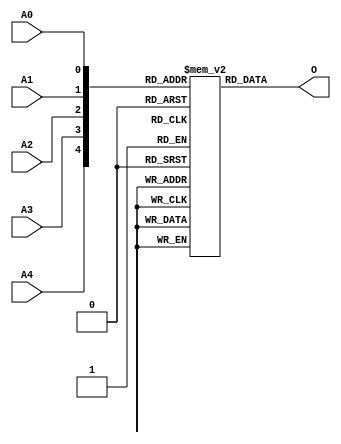
// $Header: /devl/xcs/repo/env/Databases/CAEInterfaces/verunilibs/s/ROM32X1.v,v 1.8 2003/01/21 01:55:43 wloo Exp $

/*

FUNCTION	: ROM 32x1

*/

`timescale  100 ps / 10 ps


module ROM32X1 (O, A0, A1, A2, A3, A4);

    parameter INIT = 32'h00000000;

    output O;

    input  A0, A1, A2, A3, A4;

    wire dout;
    wire [4:0] adr;

    reg mem [0:31];
    reg  [5:0] count;

    buf b0 (adr[4], A4);
    buf b1 (adr[3], A3);
    buf b2 (adr[2], A2);
    buf b3 (adr[1], A1);
    buf b4 (adr[0], A0);
    buf b5 (O, dout);

    initial begin
	for(count = 0; count < 32; count = count + 1)
	    mem[count] = INIT[count];
    end

    assign dout = mem[adr];

    specify
	(A4 => O) = (0, 0);
	(A3 => O) = (0, 0);
	(A2 => O) = (0, 0);
	(A1 => O) = (0, 0);
	(A0 => O) = (0, 0);
    endspecify

endmodule